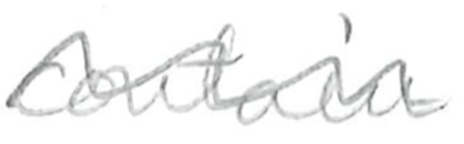
Text: contain
Cross-out: wave
Writing tool: pencil